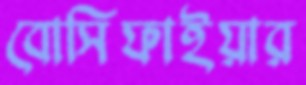
বোসিফাইয়ার